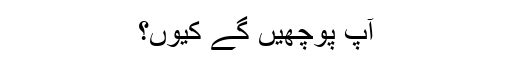
آپ پوچھیں گے کیوں؟